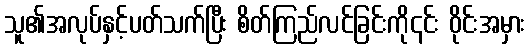
သူ၏အလုပ်နှင့်ပတ်သက်ပြီး စိတ်ကြည်လင်ခြင်းကို၎င်း ဝိုင်းအမှား